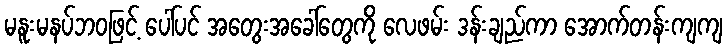
မနူးမနပ်ဘဝဖြင့် ပေါ်ပင် အတွေးအခေါ်တွေကို လေဖမ်း ဒန်းချည်ကာ အောက်တန်းကျကျ